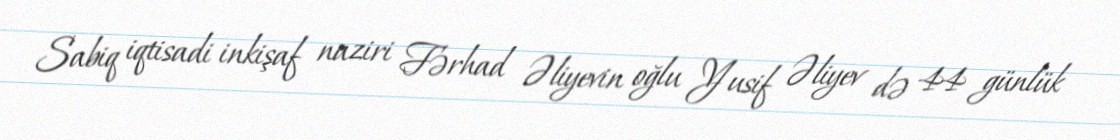
Sabiq iqtisadi inkişaf naziri Fərhad Əliyevin oğlu Yusif Əliyev də 44 günlük